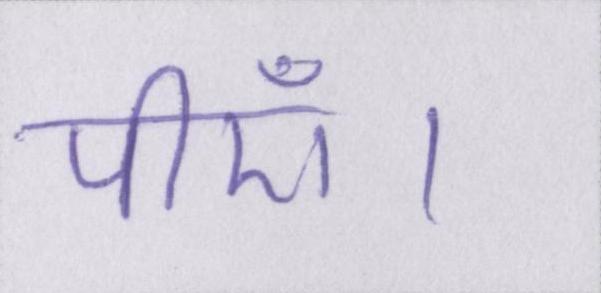
पीएँ।